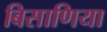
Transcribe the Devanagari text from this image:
बिसाणिया